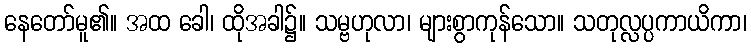
နေတော်မူ၏။ အထ ခေါ၊ ထိုအခါ၌။ သမ္ဗဟုလာ၊ များစွာကုန်သော။ သတုလ္လပ္ပကာယိကာ၊